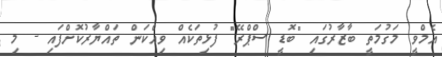
އެމްވީ މަގުމަތީ ބާޒާރުގައި "ބޮޑީ ސްޕްރޭ" ފުޅިތަކެއް ވިއްކަން ތައްޔާރުކޮށްފައި - މި